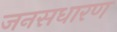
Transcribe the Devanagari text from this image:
जनसधारण